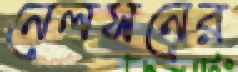
নেলসনের